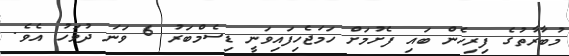
މުބާރާތުގެ ފިރިހެން ބައި ފެށުމަށް ހަމަޖެހިފައިވަނީ ޑިސެމްބަރު 6 ވަނަ ދުވަހު އެވެ.